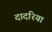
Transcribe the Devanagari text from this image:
दादरिया